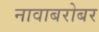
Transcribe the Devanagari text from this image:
नावाबरोबर